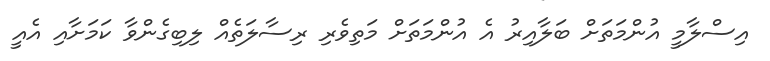
އިސްލާމީ އުންމަތަށް ބަލާއިރު އެ އުންމަތަށް މަތިވެރި ރިސާލަތެއް ލިބިގެންވާ ކަމަށާއި އެއީ